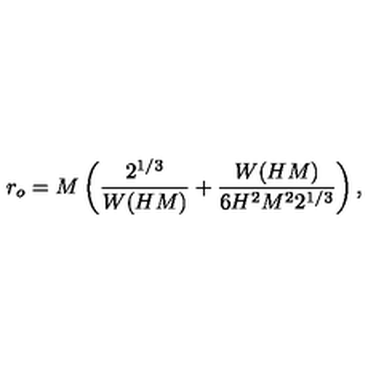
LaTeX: r _ { o } = M \left( \frac { 2 ^ { 1 / 3 } } { W ( H M ) } + \frac { W ( H M ) } { 6 H ^ { 2 } M ^ { 2 } 2 ^ { 1 / 3 } } \right) ,